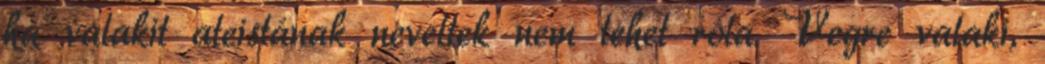
ha valakit ateistának neveltek nem tehet róla. Vegre valaki,